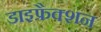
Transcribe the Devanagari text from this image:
डाइफ्रैक्शन